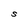
Character: S